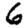
Digit: 6